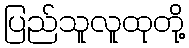
ပြည်သူလူထုတို့